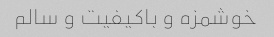
خوشمزه و باکیفیت و سالم